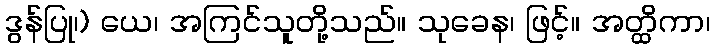
ဒွန်ပြု၊) ယေ၊ အကြင်သူတို့သည်။ သုခေန၊ ဖြင့်။ အတ္ထိကာ၊